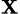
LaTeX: _\mathbf{X}